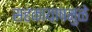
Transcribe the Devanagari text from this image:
सहकायाषमुळे